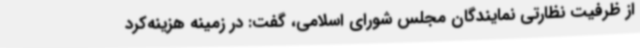
از ظرفیت نظارتی نمایندگان مجلس شورای اسلامی، گفت: در زمینه هزینه‌کرد